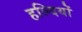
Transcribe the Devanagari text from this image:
हल्दियों